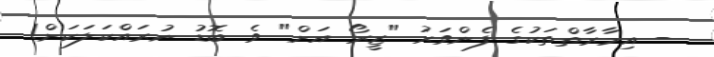
- އިމާރާތްތަކުގެ ފެންވަރު "ޒީރޯ އަށް" ވެ ބޮޑު ނުރައްކަލަކަށް!